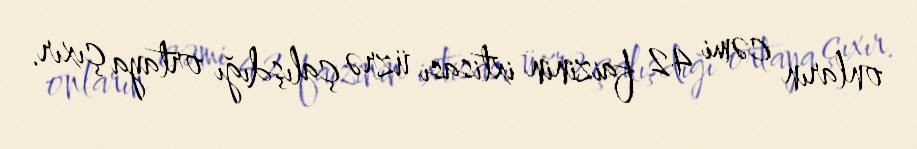
onların cəmi 42 faizinin ixtisası üzrə çalışdığı ortaya çıxır.